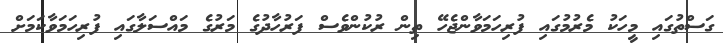
ގަސްތުގައި މީހަކު މެރުމުގައި ފުރިހަމަވާންޖެހޭ ތިން ރުކުންވެސް ފަރުހާދުގެ މަރުގެ މައްސަލާގައި ފުރިހަމަވާކަމަށް